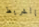
بالشريط